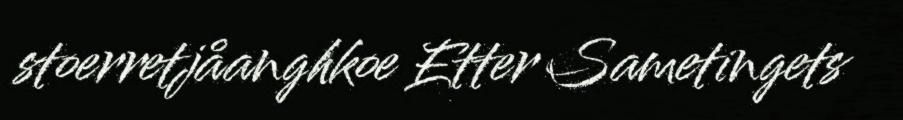
stoerretjåanghkoe Etter Sametingets